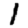
Digit: 1